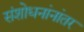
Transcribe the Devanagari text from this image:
संशोधनांनांतर